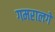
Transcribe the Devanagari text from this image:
गमरालगे